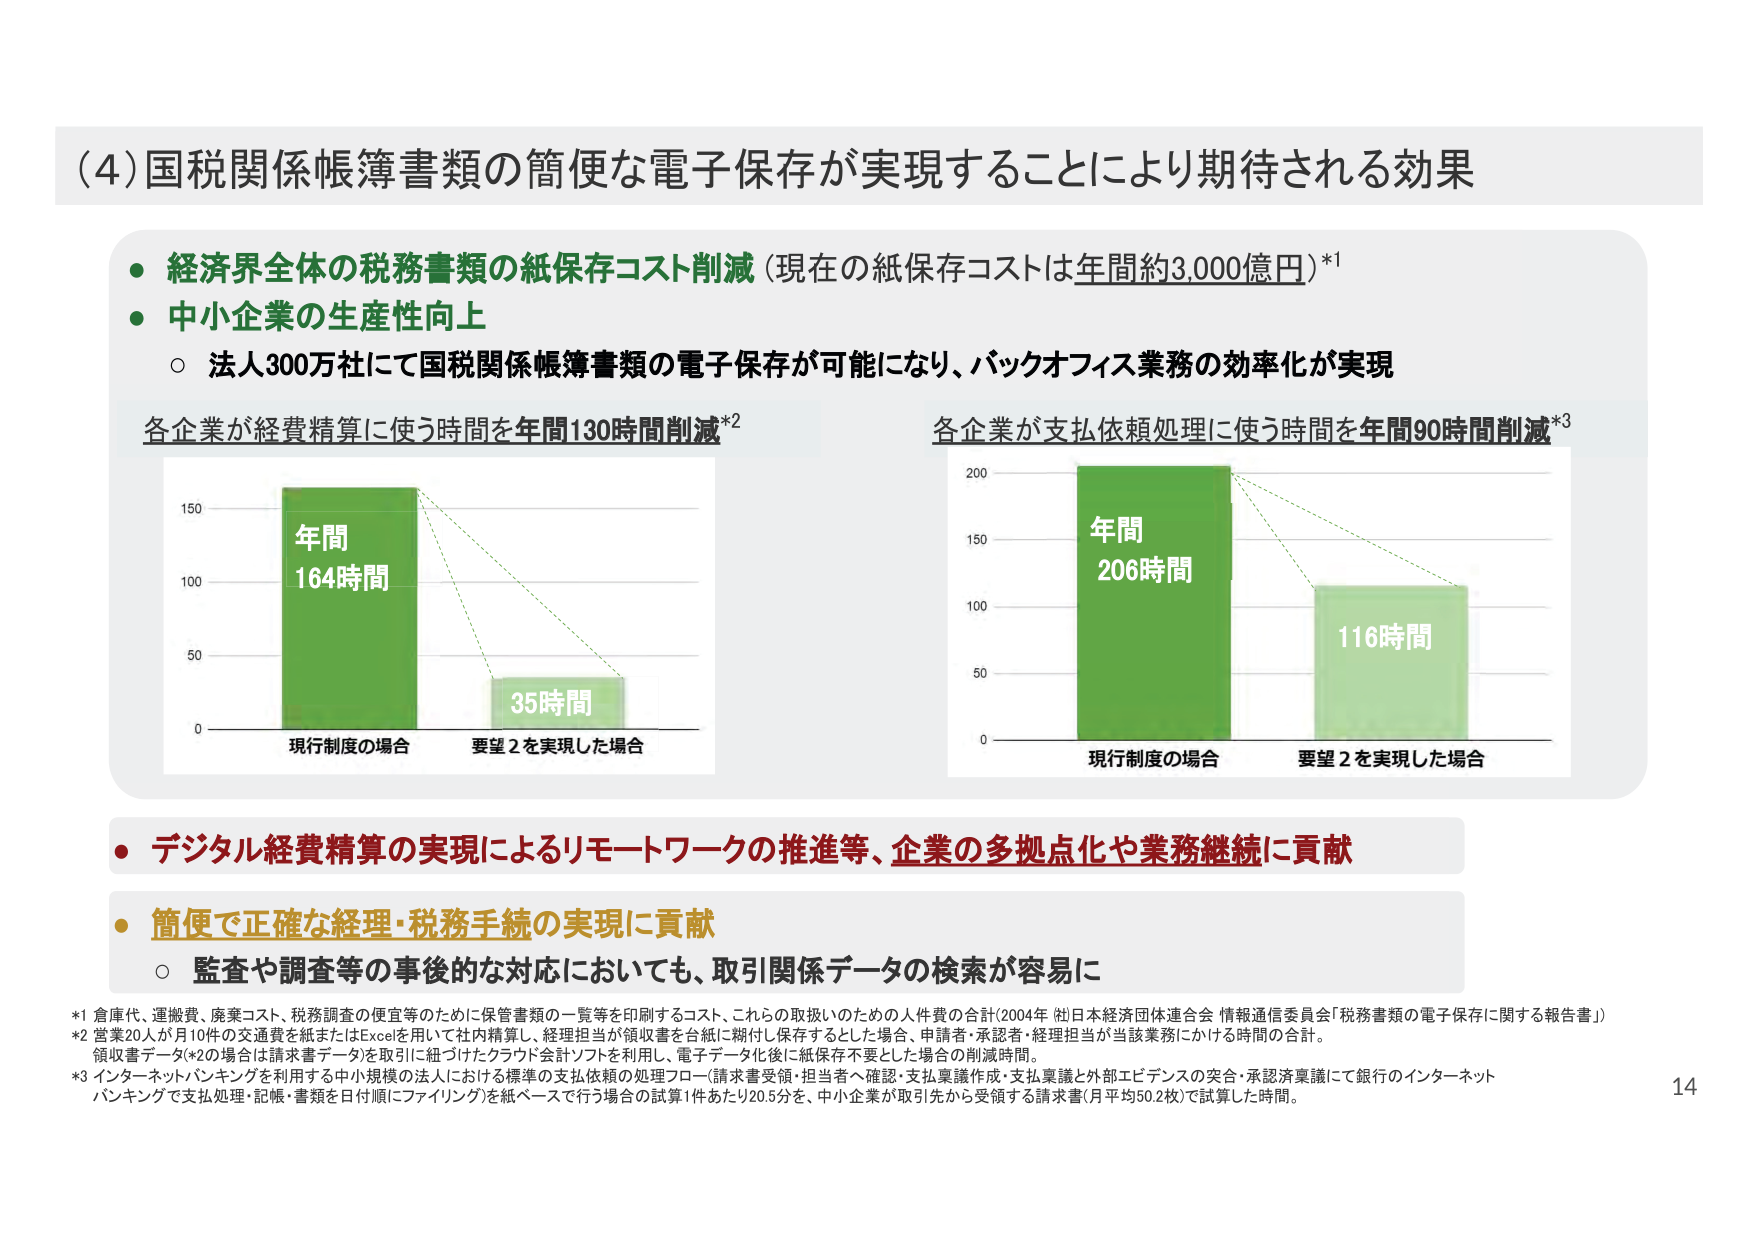
(4) 国税関係帳簿書類の簡便な電子保存が実現することにより期待される効果

● 経済界全体の税務書類の紙保存コスト削減（現在の紙保存コストは年間約3,000億円）*1
● 中小企業の生産性向上
　○ 法人300万社にて国税関係帳簿書類の電子保存が可能になり、バックオフィス業務の効率化が実現

各企業が経費精算に使う時間を年間130時間削減*2
　　（左図）
　　150
　　100
　　50
　　0
　　　　現行制度の場合　　　　要望2を実現した場合
　　　　年間164時間　　　　　　35時間

各企業が支払依頼処理に使う時間を年間90時間削減*3
　　（右図）
　　200
　　150
　　100
　　50
　　0
　　　　現行制度の場合　　　　要望2を実現した場合
　　　　年間206時間　　　　　　116時間

● デジタル経費精算の実現によるリモートワークの推進等、企業の多拠点化や業務継続に貢献
● 簡便で正確な経理・税務手続の実現に貢献
　○ 監査や調査等の事後的な対応においても、取引関係データの検索が容易に

*1 倉庫代、運搬費、廃棄コスト、税務調査の便宜等のために保管書類の一覧等を印刷するコスト、これらの取扱いのための人件費の合計（2004年（社）日本経済団体連合会 情報通信委員会「税務書類の電子保存に関する報告書」）
*2 営業20人が月10件の交通費を紙またはExcelを用いて社内精算し、経理担当が領収書を台紙に糊付し保存するとした場合、申請者・承認者・経理担当が当該業務にかける時間の合計。領収書データ（*2の場合は請求書データ）を取引に紐づけたクラウド会計ソフトを利用し、電子データ化後に紙保存不要とした場合の削減時間。
*3 インターネットバンキングを利用する中小規模の法人における標準の支払依頼の処理フロー（請求書受領・担当者へ確認・支払稟議作成・支払稟議と外部エビデンスの突合・承認済稟議にて銀行のインターネットバンキングで支払処理・記帳・書類を日付順にファイリング）を紙ベースで行う場合の試算1件あたり20.5分を、中小企業が取引先から受領する請求書（月平均50.2枚）で試算した時間。

14